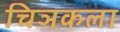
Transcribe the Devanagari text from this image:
चिञकला